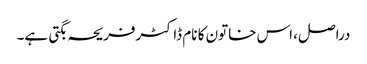
دراصل، اس خاتون کا نام ڈاکٹرفریحہ بگتی ہے۔